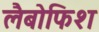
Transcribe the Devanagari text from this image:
लैबोफिश